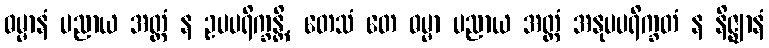
ဓမ္မာနံ ပညာယ အတ္ထံ န ဥပပရိက္ခန္တိ, တေသံ တေ ဓမ္မာ ပညာယ အတ္ထံ အနုပပရိက္ခတံ န နိဇ္ဈာနံ